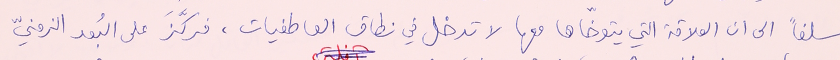
سلفاً الى ان العلاقة التي يتوخّاها معها لا تدخل في نطاق العاطفيات، فركَّزَ على البُعد الزمنيّ